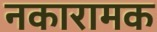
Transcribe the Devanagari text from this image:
नकारामक